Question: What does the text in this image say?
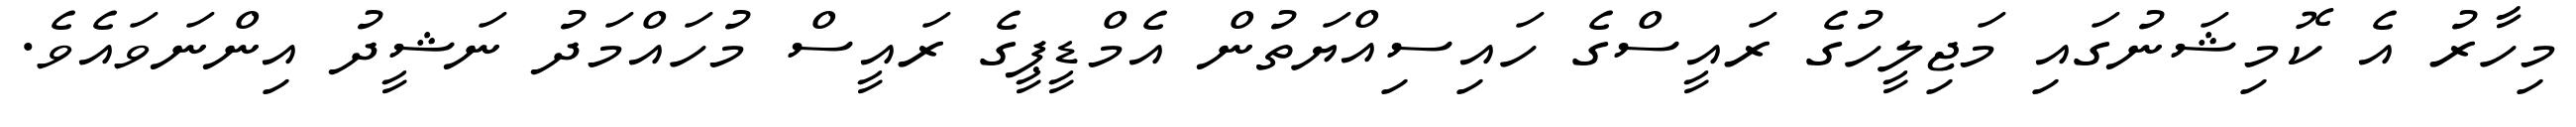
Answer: މިހާރު އެ ކޮމިޝަނުގައި މަޖިލީހުގެ ރައީސްގެ ހައިސިއްޔަތުން އެމްޑީޕީގެ ރައީސް މުހައްމަދު ނަޝީދު އިންނަވައެވެ.